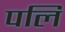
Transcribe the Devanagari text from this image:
पलि